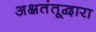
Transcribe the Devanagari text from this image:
अक्षतंतूद्वारा